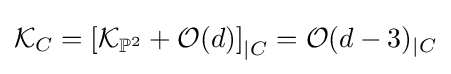
{\mathcal {K}}_{C}=\left[{\mathcal {K}}_{\mathbb {P} ^{2}}+{\mathcal {O}}(d)\right]_{\vert C}={\mathcal {O}}(d-3)_{\vert C}